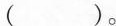
（ ）。